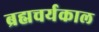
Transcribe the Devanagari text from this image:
ब्रह्मचर्यकाल